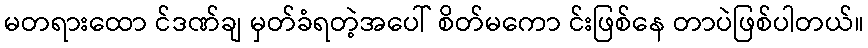
မတရားထော င်ဒဏ်ချ မှတ်ခံရတဲ့အပေါ် စိတ်မကော င်းဖြစ်နေ တာပဲဖြစ်ပါတယ်။